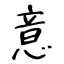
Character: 意